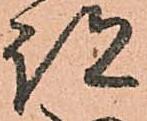
跡